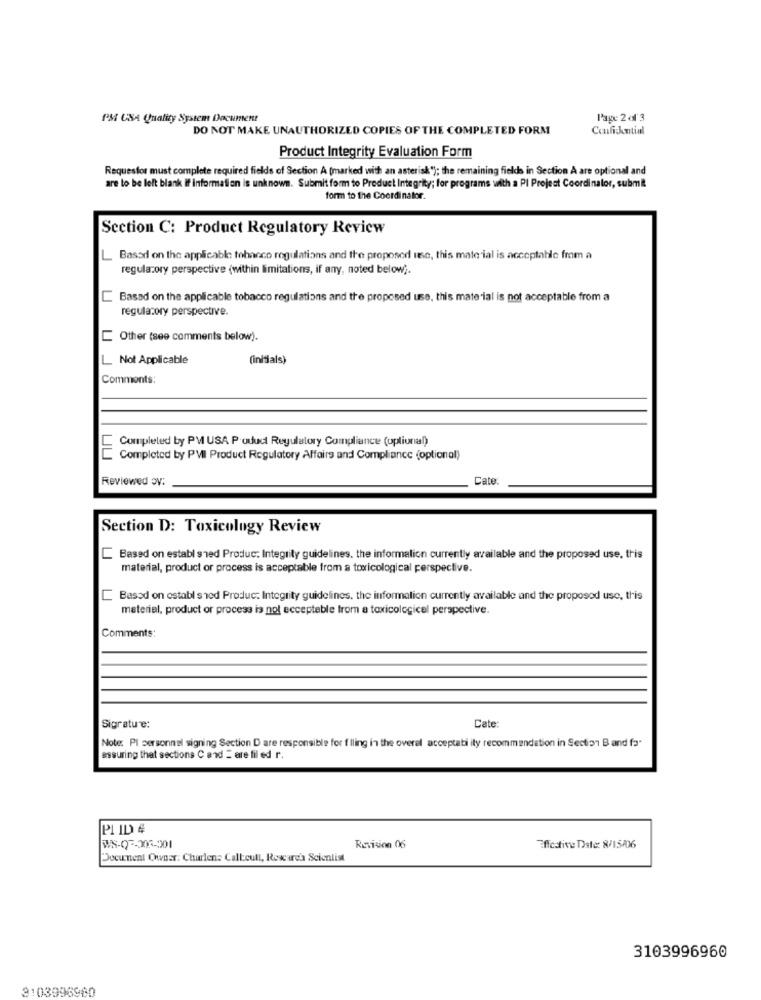
PM USA Quality System Document
Page 2 of 3
DO NOT MAKE UNAUTHORIZED COPIES OF THE COMPLETED FORM
Confickmtial
Product Integrity Evaluation Form
Requestor must complete required fields of Section A (marked with an asterisk"); the remaining fields in Section A are optional and
are to be left blank if information is unknown. Submit form to Product Integrity; for programs with a PI Project Coordinator, submit
form to the Coordinator.
Section C: Product Regulatory Review
L Based on the applicable tobacco regulations and the proposed ite, this material is acceptable from a
regulatory perspective (within limitations, if any, noted below).
Based on the applicable tobacco regulations and the proposed use, this material is not acceptable from a
regulatory perspective.
Other (see comments below).
L Not Applicable
(initials)
Comments:
Completed by PM USA Poduct Regulatory Compliance (optional)
Completed by PVI Product Regulatory Affairs and Compliance (optional)
Reviewed av:
Cate
Section D: Toxicology Review
Based on establ shed Produc: Integrity guidelines. the information currently available and the proposed use, this
material, product or process is acceptable from a toxicological perspective.
Based on establ shed Produc: Integrity guidelines. the information currently available and the proposed use, this
material, product or process is not acceptable trom a toxicological perspective.
Comments:
Cate
Sigrature:
Note: Pl personnel signing Section D are responsible for f lling in the overel acceptabi ity recommendation in Section Band fa"
assuring that sections C and = are fil ed r.
PI ID #
WS-07-205-201
Revision 06
Effective Date: 8/15/06
Document Owner: Charlene Call:cull, Research Scientist
3103996960
3103996960